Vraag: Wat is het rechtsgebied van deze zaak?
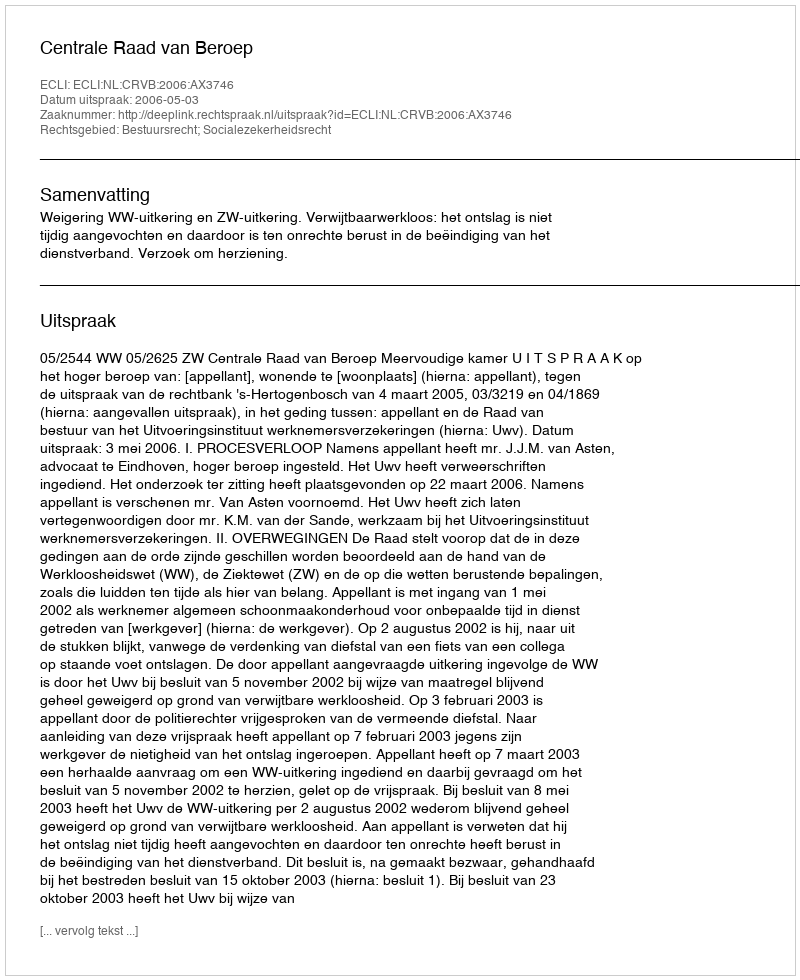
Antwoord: Bestuursrecht; Socialezekerheidsrecht